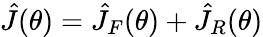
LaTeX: \hat{J}(\theta)=\hat{J}_{F}(\theta)+\hat{J}_{R}(\theta)